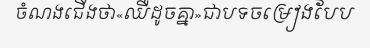
ចំណងជើងថា«ឈឺដូចគ្នា»ជាបទចម្រៀងបែប